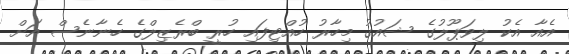
އެއާ އެކު ލިވަޕޫލުގެ ޝައުގު މިހާރު ހުއްޓިފައި ހުރީ ބްރެޒިލްގެ ހެނާނެސް އަށް